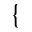
\{